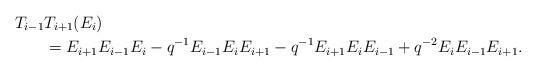
LaTeX: \begin{align*}T_{i-1}&T_{i+1}(E_{i})\\&=E_{i+1}E_{i-1}E_{i}-q^{-1}E_{i-1}E_{i}E_{i+1}-q^{-1}E_{i+1}E_{i}E_{i-1}+q^{-2}E_{i}E_{i-1}E_{i+1}.\end{align*}